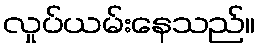
လှုပ်ယမ်းနေသည်။